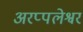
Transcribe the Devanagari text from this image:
अरप्पलेश्वर